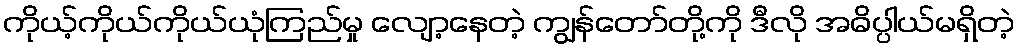
ကိုယ့်ကိုယ်ကိုယ်ယုံကြည်မှု လျော့နေတဲ့ ကျွန်တော်တို့ကို ဒီလို အဓိပ္ပါယ်မရှိတဲ့